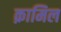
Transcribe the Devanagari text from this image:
क़ामिल